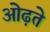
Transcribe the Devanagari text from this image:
ओढ़ते